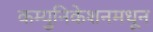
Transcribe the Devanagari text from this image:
कम्युनिकेशनमधून